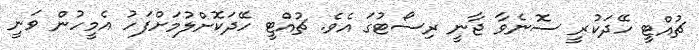
ޗުއްޓީ ހޭދަކުރީ ސޮނެވާ ޖާނީ ރިސޯޓުގަ އެވެ. ޗުއްޓީ ހޭދަކޮށްލުމަށްފަހު އެމީހުން ވަނީ